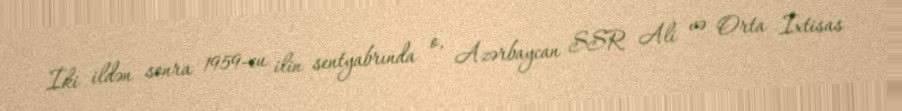
İki ildən sonra 1959-cu ilin sentyabrında o, Azərbaycan SSR Ali və Orta İxtisas